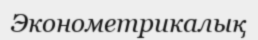
Эконометрикалық